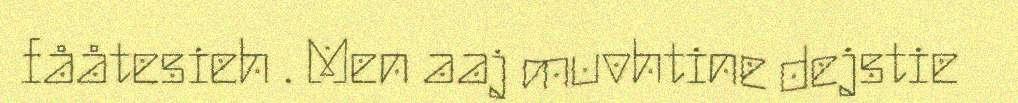
fååtesieh . Men aaj muvhtine dejstie